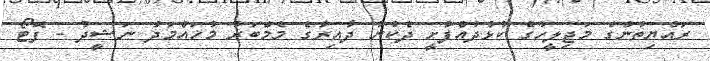
ރައްޔިތުންގެ މަޖިލީހުގެ ކުޅުދުއްފުށީ ދެކުނު ދާއިރާގެ މެމްބަރު މުހައްމަދު ނަޝީދު - ފޮޓޯ